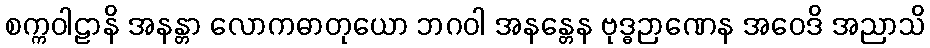
စက္ကဝါဠာနိ အနန္တာ လောကဓာတုယော ဘဂဝါ အနန္တေန ဗုဒ္ဓဉာဏေန အဝေဒိ အညာသိ